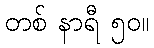
တစ် နာရီ ၅၀။